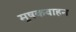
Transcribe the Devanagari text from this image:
मूषकवाहन